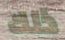
ذلك